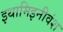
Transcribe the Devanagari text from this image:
इथामिइनीवंश